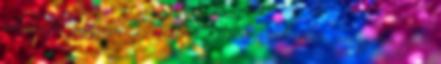
időkép.hu balatoni széltérképe Vitorlás a kertben, avagy ha eljön